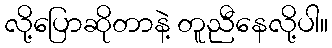
လို့ပြောဆိုတာနဲ့ တူညီနေလို့ပါ။